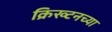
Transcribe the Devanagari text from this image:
क्रिख्टनच्या